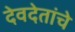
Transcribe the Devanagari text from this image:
देवदेतांचे